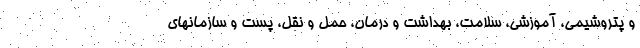
و پتروشیمی، آموزشی، سلامت، بهداشت و درمان، حمل و نقل، پست و سازمانهای